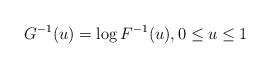
LaTeX: \begin{align*}G^{-1}(u)=\log F^{-1}(u),0\leq u\leq 1 \end{align*}